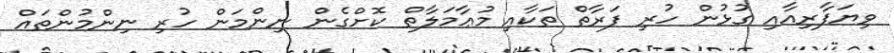
ވިޔަފާރިއާއި ގުޅުން ހުރި ފަރާތް ތަކާއި މުޢާމަލާތް ކޮށްގެން ނިންމަން ހުރި ނިންމުންތައް